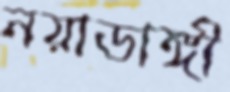
নয়াডাঙ্গী